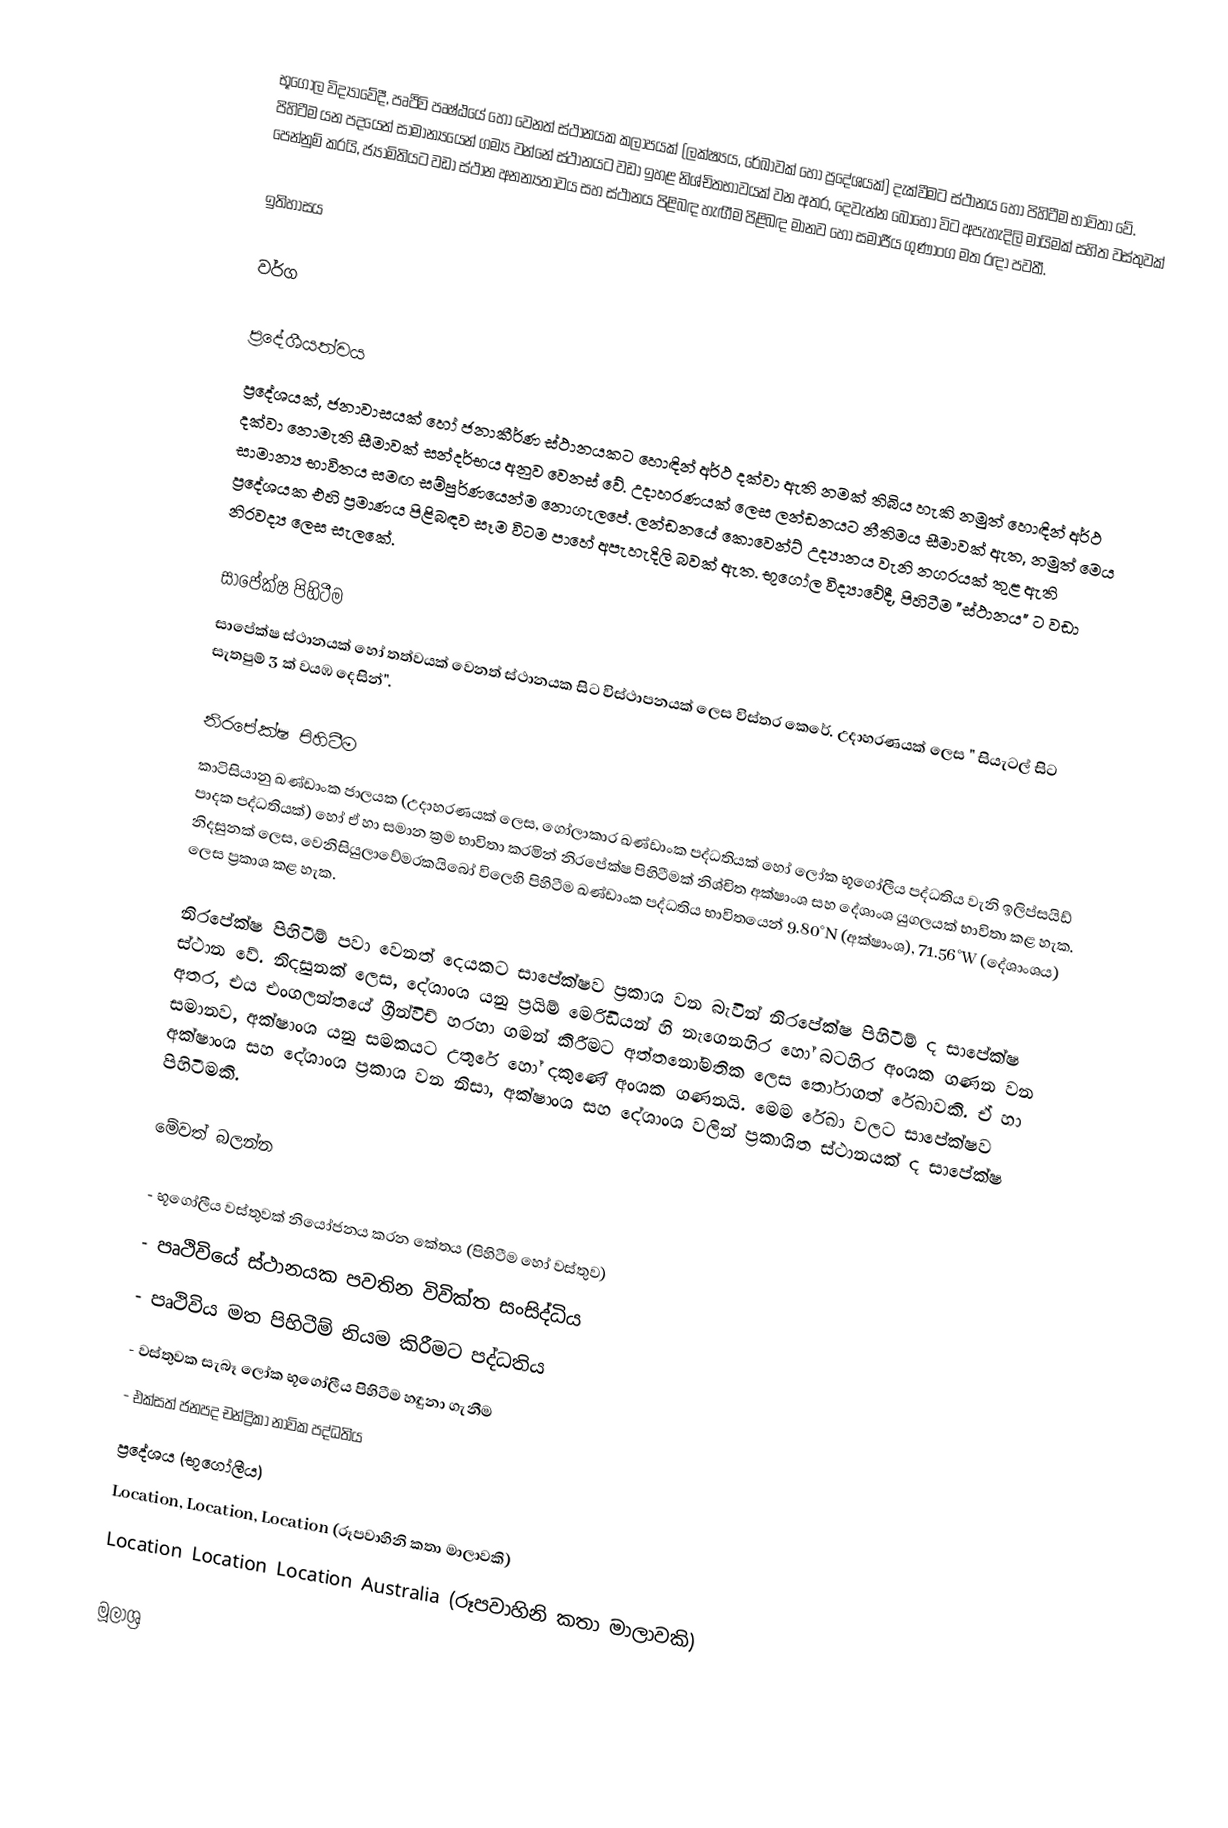
භූගෝල විද්‍යාවේදී, පෘථිවි පෘෂ්ඨයේ හෝ වෙනත් ස්ථානයක කලාපයක් (ලක්ෂ්‍යය, රේඛාවක් හෝ ප්‍රදේශයක්) දැක්වීමට ස්ථානය හෝ පිහිටීම භාවිතා වේ. පිහිටීම යන පදයෙන් සාමාන්‍යයෙන් ගම්‍ය වන්නේ ස්ථානයට වඩා ඉහළ නිශ්චිතභාවයක් වන අතර, දෙවැන්න බොහෝ විට අපැහැදිලි මායිමක් සහිත වස්තුවක් පෙන්නුම් කරයි, ජ්‍යාමිතියට වඩා ස්ථාන අනන්‍යතාවය සහ ස්ථානය පිළිබඳ හැඟීම පිළිබඳ මානව හෝ සමාජීය ගුණාංග මත රඳා පවතී.

ඉතිහාසය

වර්ග

ප්‍රදේශීයත්වය
ප්‍රදේශයක්, ජනාවාසයක් හෝ ජනාකීර්ණ ස්ථානයකට හොඳින් අර්ථ දක්වා ඇති නමක් තිබිය හැකි නමුත් හොඳින් අර්ථ දක්වා නොමැති සීමාවක් සන්දර්භය අනුව වෙනස් වේ. උදාහරණයක් ලෙස ලන්ඩනයට නීතිමය සීමාවක් ඇත, නමුත් මෙය සාමාන්‍ය භාවිතය සමඟ සම්පුර්ණයෙන්ම නොගැලපේ. ලන්ඩනයේ කොවෙන්ට් උද්‍යානය වැනි නගරයක් තුළ ඇති ප්‍රදේශයක එහි ප්‍රමාණය පිළිබඳව සෑම විටම පාහේ අපැහැදිලි බවක් ඇත. භූගෝල විද්‍යාවේදී, පිහිටීම "ස්ථානය" ට වඩා නිරවද්‍ය ලෙස සැලකේ.

සාපේක්ෂ පිහිටීම
සාපේක්ෂ ස්ථානයක් හෝ තත්වයක් වෙනත් ස්ථානයක සිට විස්ථාපනයක් ලෙස විස්තර කෙරේ. උදාහරණයක් ලෙස " සියැටල් සිට සැතපුම් 3 ක් වයඹ දෙසින්".

නිරපේක්ෂ පිහිටීම
කාටිසියානු ඛණ්ඩාංක ජාලයක (උදාහරණයක් ලෙස, ගෝලාකාර ඛණ්ඩාංක පද්ධතියක් හෝ ලෝක භූගෝලීය පද්ධතිය වැනි ඉලිප්සයිඩ් පාදක පද්ධතියක්) හෝ ඒ හා සමාන ක්‍රම භාවිතා කරමින් නිරපේක්ෂ පිහිටීමක් නිශ්චිත අක්ෂාංශ සහ දේශාංශ යුගලයක් භාවිතා කළ හැක. නිදසුනක් ලෙස, වෙනිසියුලාවේමරකයිබෝ විලෙහි පිහිටීම ඛණ්ඩාංක පද්ධතිය භාවිතයෙන් 9.80°N (අක්ෂාංශ), 71.56°W (දේශාංශය) ලෙස ප්‍රකාශ කළ හැක.

නිරපේක්ෂ පිහිටීම් පවා වෙනත් දෙයකට සාපේක්ෂව ප්‍රකාශ වන බැවින් නිරපේක්ෂ පිහිටීම් ද සාපේක්ෂ ස්ථාන වේ. නිදසුනක් ලෙස, දේශාංශ යනු ප්‍රයිම් මෙරිඩියන් හි නැගෙනහිර හෝ බටහිර අංශක ගණන වන අතර, එය එංගලන්තයේ ග්‍රීන්විච් හරහා ගමන් කිරීමට අත්තනෝමතික ලෙස තෝරාගත් රේඛාවකි. ඒ හා සමානව, අක්ෂාංශ යනු සමකයට උතුරේ හෝ දකුණේ අංශක ගණනයි. මෙම රේඛා වලට සාපේක්ෂව අක්ෂාංශ සහ දේශාංශ ප්‍රකාශ වන නිසා, අක්ෂාංශ සහ දේශාංශ වලින් ප්‍රකාශිත ස්ථානයක් ද සාපේක්ෂ පිහිටීමකි.

මේවත් බලන්න

  - භූගෝලීය වස්තුවක් නියෝජනය කරන කේතය (පිහිටීම හෝ වස්තුව)
  - පෘථිවියේ ස්ථානයක පවතින විවික්ත සංසිද්ධිය
  - පෘථිවිය මත පිහිටීම් නියම කිරීමට පද්ධතිය
  - වස්තුවක සැබෑ ලෝක භූගෝලීය පිහිටීම හඳුනා ගැනීම
  - එක්සත් ජනපද චන්ද්‍රිකා නාවික පද්ධතිය
 ප්‍රදේශය (භූගෝලීය)
 Location, Location, Location (රූපවාහිනි කතා මාලාවකි)
 Location Location Location Australia (රූපවාහිනි කතා මාලාවකි)

මූලාශ්‍ර